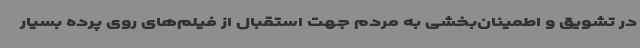
در تشویق و اطمینان‌بخشی به مردم جهت استقبال از فیلم‌های روی پرده بسیار